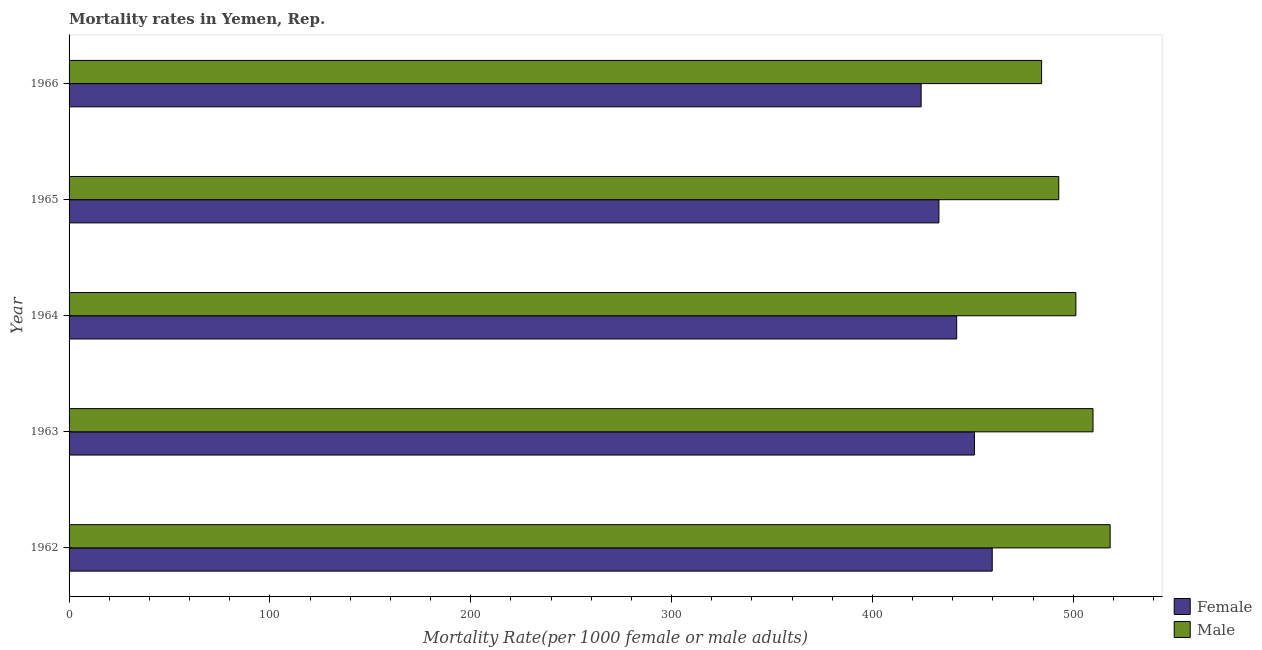
| Year | Female | Male |
 | --- | --- | --- |
 | 1962 | 460 | 518 |
 | 1963 | 451 | 510 |
 | 1964 | 442 | 501 |
 | 1965 | 433 | 493 |
 | 1966 | 424 | 484 |